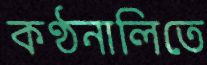
কণ্ঠনালিতে